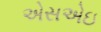
એસએઇ